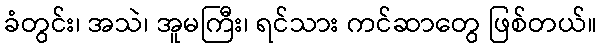
ခံတွင်း၊ အသဲ၊ အူမကြီး၊ ရင်သား ကင်ဆာတွေ ဖြစ်တယ်။